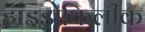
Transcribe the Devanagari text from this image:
हाइड्रोफिलीक